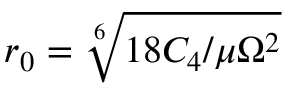
r _ { 0 } = \sqrt [ 6 ] { 1 8 C _ { 4 } / \mu \Omega { } ^ { 2 } }